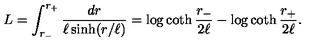
L = \int _ { r _ { - } } ^ { r _ { + } } \frac { d r } { \ell \sinh ( r / \ell ) } = \log \coth { \frac { r _ { - } } { 2 \ell } } - \log \coth { \frac { r _ { + } } { 2 \ell } } .